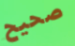
صحيح